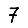
Digit: 7